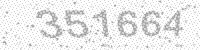
Solution: 351664